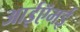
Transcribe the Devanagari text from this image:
आईऍमई